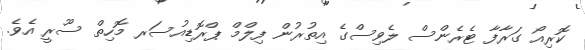
ކޮރިއޯ ގަރާފާ ޓެރެންސް ލެވިސްގެ އިތުރުން ފިލްމް ޕްރޮޑިއުސަރ މޮހިތް ސޫރީ އެވެ.